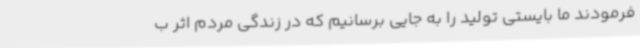
فرمودند ما بایستی تولید را به جایی برسانیم که در زندگی مردم اثر ب